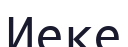
Иеке